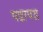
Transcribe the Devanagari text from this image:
पडापड